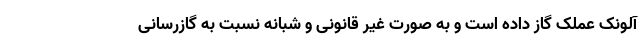
آلونک عملک گاز داده است و به صورت غیر قانونی و شبانه نسبت به گازرسانی